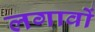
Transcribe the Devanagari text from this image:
लगावों